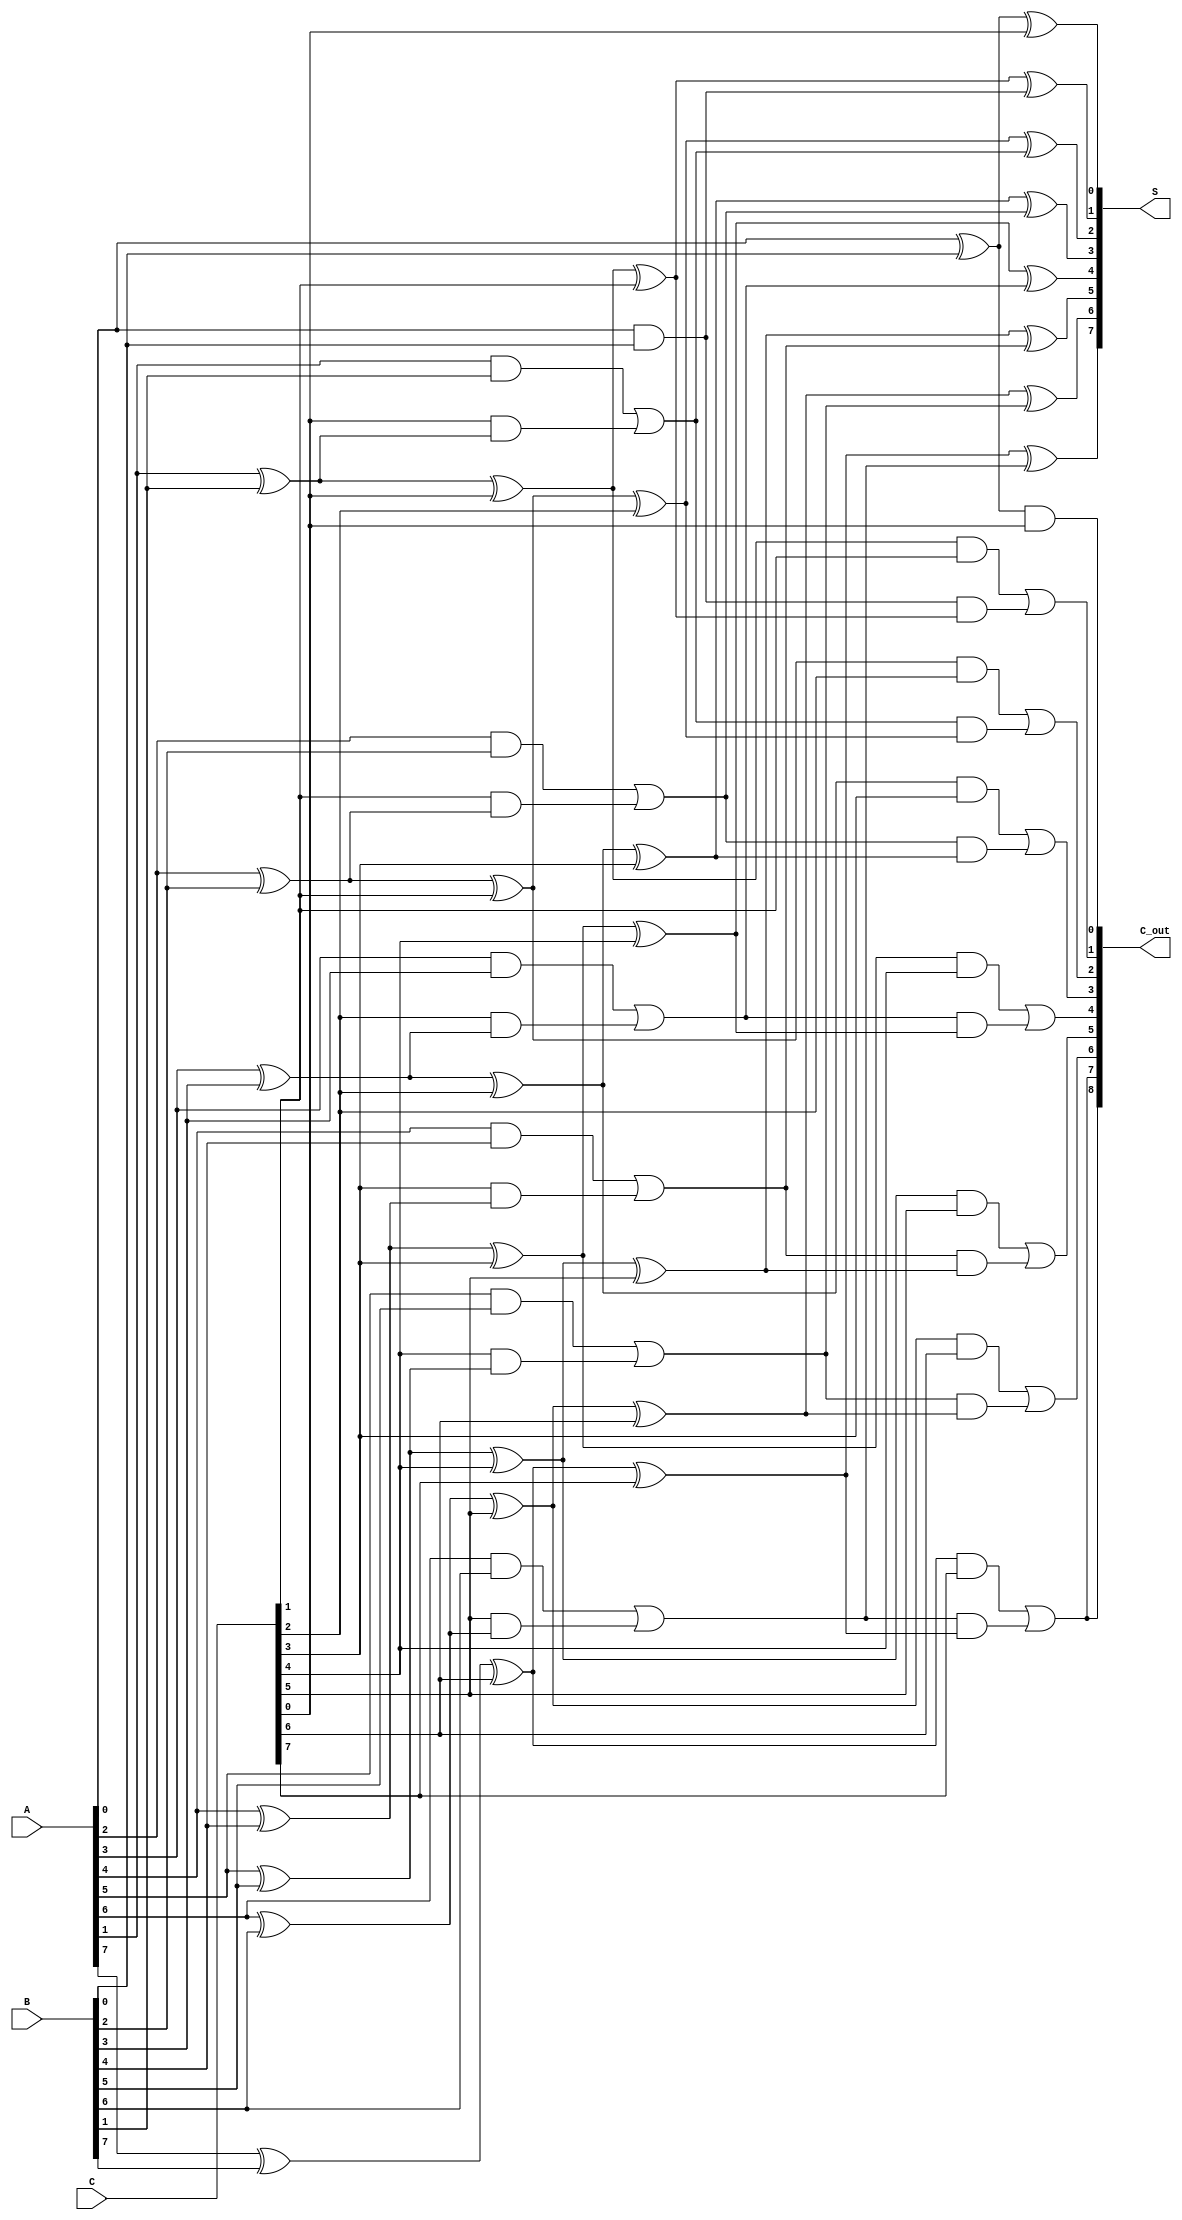
module CarrySaveAdder #(parameter N = 8) (
    input [N-1:0] A, // Input A
    input [N-1:0] B, // Input B
    input [N-1:0] C, // Input C
    output [N-1:0] S, // Final Sum Output
    output [N:0] C_out // Final Carry Output
);
    // Internal signals for partial sums and carries
    wire [N-1:0] P1, P2, C1, C2;

    // Generate partial sums and carries using half adders and full adders
    genvar i;
    generate
        for (i = 0; i < N; i = i + 1) begin : CSA_processing
            if (i == 0) begin
                // Processing first bit using half adders
                assign P1[i] = A[i] ^ B[i];
                assign C1[i] = A[i] & B[i];
            end else begin
                // Full adder logic
                assign P1[i] = A[i] ^ B[i] ^ C[i-1];
                assign C1[i] = (A[i] & B[i]) | (C[i-1] & (A[i] ^ B[i]));
            end
        end
    endgenerate

    // Next stage: Combine P1 and C for further carry save logic
    generate
        for (i = 0; i < N; i = i + 1) begin : CSA_next_stage
            if (i == 0) begin
                // Processing first bit using half adders with C input
                assign P2[i] = P1[i] ^ C[i];
                assign C2[i] = P1[i] & C[i];
            end else begin
                // Full adder combining partial sums and carry from previous stage
                assign P2[i] = P1[i] ^ C[i] ^ C1[i-1];
                assign C2[i] = (P1[i] & C[i]) | (C1[i-1] & (P1[i] ^ C[i]));
            end
        end
    endgenerate

    // Final Sum Output
    assign S = P2;

    // Final Carry Output
    assign C_out = {C2[N-1], C2}; // Including the final carry bit

endmodule